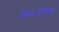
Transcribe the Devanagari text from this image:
३०।१५